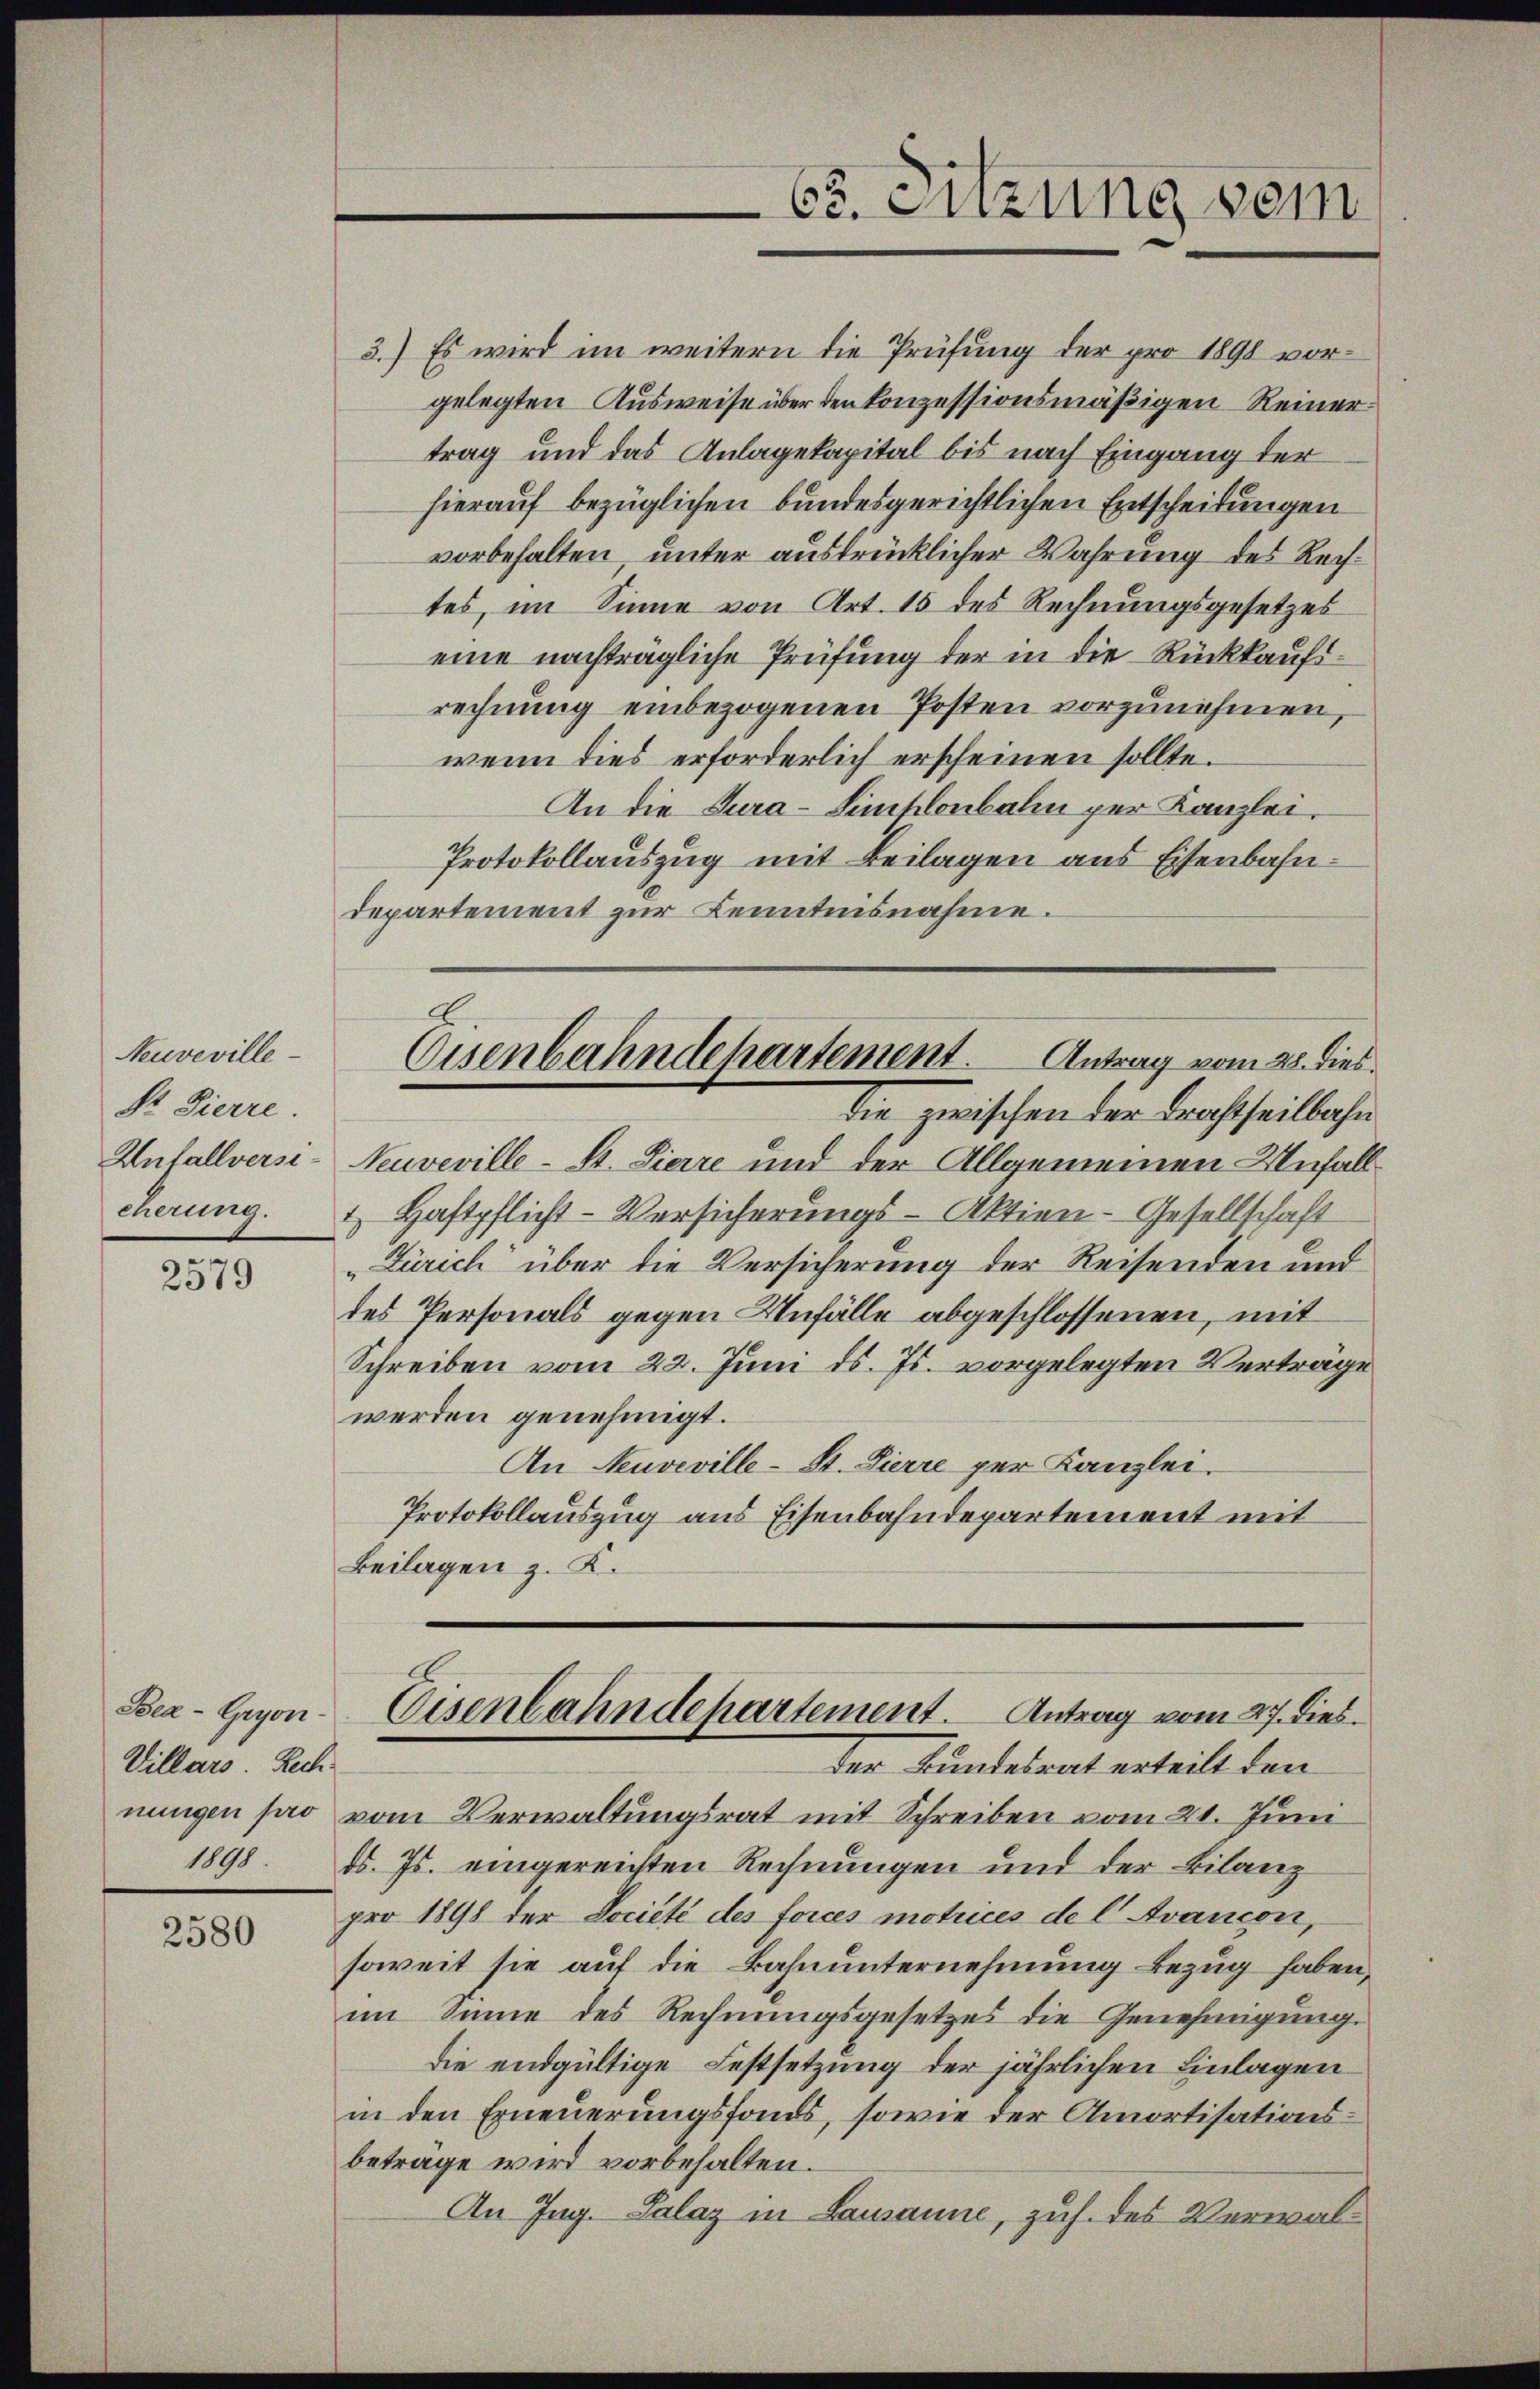
Neuveville
Sr. Dierre.
Unfallversi¬

2579

Villars. Rech
1890

2580

3.) Es wird im weitern die Prüfung der pro 1890 vorgelegten Ausweise über den konzessionsmäßigen Reinertrag und das Anlagekapital bis nach Eingang der
hierauf bezüglichen bundesgerichtlichen Entscheidungen
vorbehalten, unter ausdrücklicher Wahrung des Rechtes, im Sinne von Art. 15 des Rechnungsgesetzes
eine nachträgliche Prüfung der in die Rückkaufirechnung einbezogenen Posten vorzunehmen,
wenn dies erforderlich erscheinen sollte.
An die Gura-Sincklenbahn per Kanzlei.
Protokollauszug mit Beilagen aus Eisenbahndepartement zur Kenntnisnahme.
Eisenbahndehartement. Antrag vom 28. dies
die, zwischen der Trachtheilbahn
Neuveville-St. Pierre und der Allgemeinen Unfällcherung. I. Haftpflicht-Versicherungs-Aktien-Gesellschaft
„Zürich über die Versicherung der Reisenden und
des Personals gegen Unfälle abgeschlossenen, mit
Schreiben vom 22. Juni d. Js. vorgelegten Verträge
werden genehmigt.
An Neuveville-St. Pierre per Kanzlei.
Protokollauszug aus Eisenbahndepartement mit
Beilagen z. K.

der Bundesrat erteilt den
nungen pro vom Verwaltungsrat mit Schreiben vom 21. Juni
d. Js. eingereichten Rechnungen und der Bilanz
pro 1898 der Dociété des forces matrices de l. Avancon,
soweit sie auf die Bahnunternehmung Bezug haben,
im Sinne des Rechnungsgesetzes die Genehmigung.
die endgültige Festsetzung der jährlichen Einlagen
in den Erneuerungsfonds, sowie der Amortisationsbeträge wird vorbehalten.
An Ing. Palaz in Lausanne, zus. des Verwal¬

C. Sitzung vom

Bea-Geon-Eisenbahndepartement. Antrag vom 27. dies